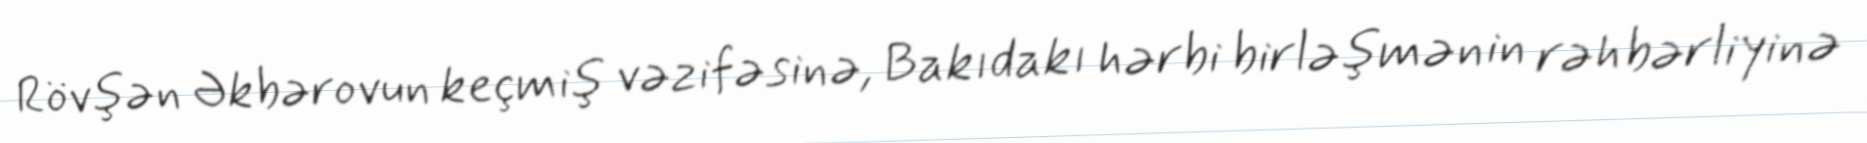
Rövşən Əkbərovun keçmiş vəzifəsinə, Bakıdakı hərbi birləşmənin rəhbərliyinə